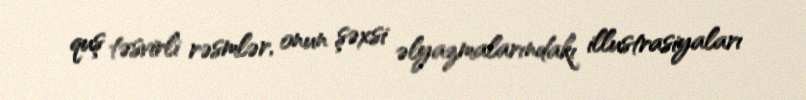
quş təsvirli rəsmlər, onun şəxsi əlyazmalarındakı illustrasiyaları